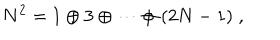
LaTeX: N ^ { 2 } = 1 \oplus 3 \oplus \cdots \oplus ( 2 N - 1 ) \; ,